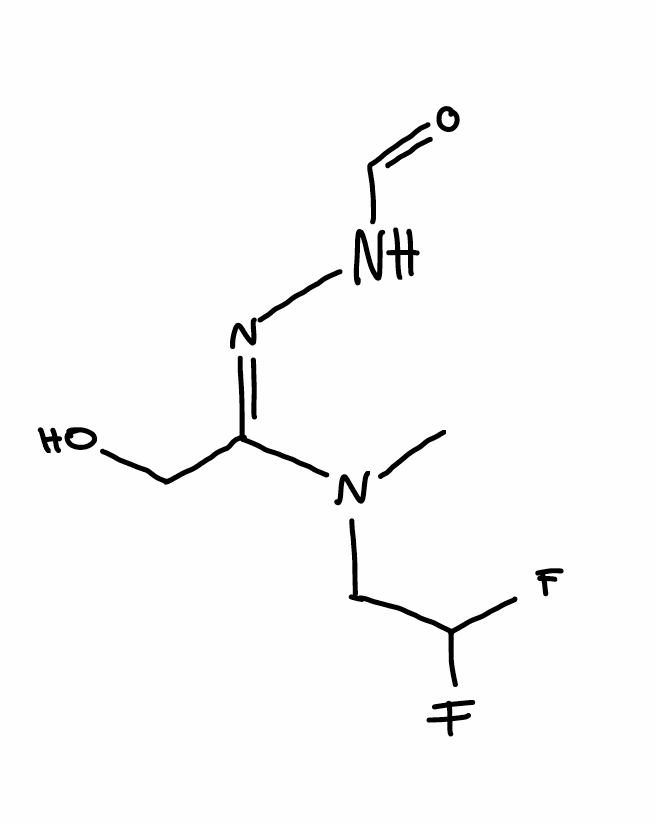
Simplified molecular-input line-entry system (SMILES) notation of the given molecule:
CN(CC(F)F)/C(=N\NC=O)/CO